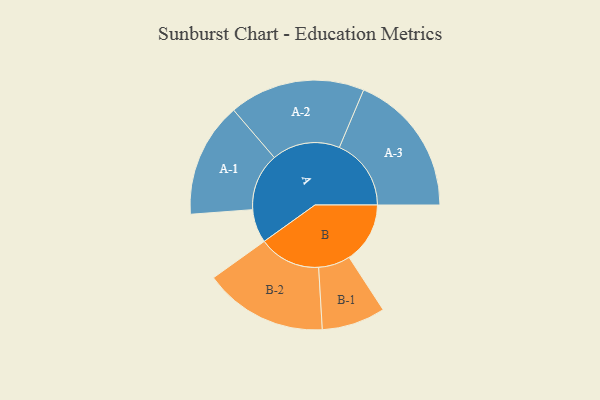
{"axis": {"x": "Segment", "y": "Value"}, "legend": ["", "A", "B"], "data": [{"x": "A", "y": 114, "type": ""}, {"x": "B", "y": 207, "type": ""}, {"x": "A-1", "y": 195, "type": "A"}, {"x": "A-2", "y": 231, "type": "A"}, {"x": "A-3", "y": 244, "type": "A"}, {"x": "B-1", "y": 108, "type": "B"}, {"x": "B-2", "y": 210, "type": "B"}]}